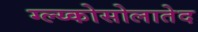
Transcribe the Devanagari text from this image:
ग्ल्य्कोसोलातेद